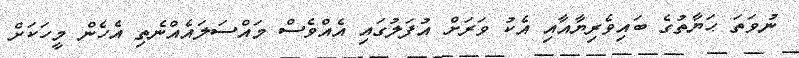
ނުވަތަ ޙަޔާތުގެ ބައިވެރިޔާއާއި އެކު ވަރަށް އުފަލުގައި އެއްވެސް މައްސަލައެއްނެތި އެހެން މީހަކަށް